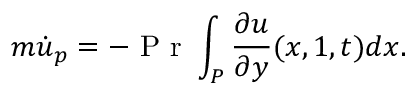
m \dot { u } _ { p } = - \mathrm { ~ P ~ r ~ } { } \int _ { P } \frac { \partial u } { \partial y } ( x , 1 , t ) d x .